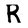
Character: R